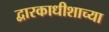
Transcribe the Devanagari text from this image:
द्वारकाधीशाच्या